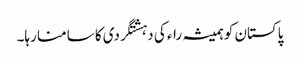
پاکستان کو ہمیشہ راء کی دہشتگردی کا سامنا رہا۔